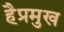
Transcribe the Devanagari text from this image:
हैप्रमुख